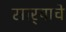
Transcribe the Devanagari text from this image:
सार्‍याचे